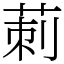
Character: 莿